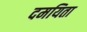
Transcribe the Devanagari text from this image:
दमयिता